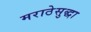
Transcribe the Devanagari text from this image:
मराठेसुद्धा